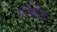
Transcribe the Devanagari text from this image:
लिंबोटा